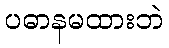
ပဓာနမထားဘဲ